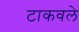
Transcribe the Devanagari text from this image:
टाकवले